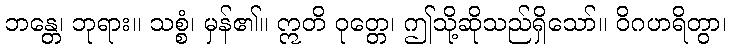
ဘန္တေ၊ ဘုရား။ သစ္စံ၊ မှန်၏။ ဣတိ ဝုတ္တေ၊ ဤသို့ဆိုသည်ရှိသော်။ ဝိဂဟရိတွာ၊